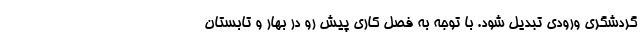
گردشگری ورودی تبدیل شود. با توجه به فصل کاری پیش رو در بهار و تابستان